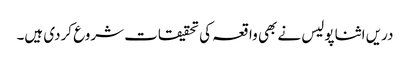
دریں اثنا پولیس نے بھی واقعہ کی تحقیقات شروع کردی ہیں۔